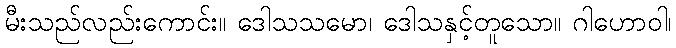
မီးသည်လည်းကောင်း။ ဒေါသသမော၊ ဒေါသနှင့်တူသော။ ဂါဟောဝါ၊